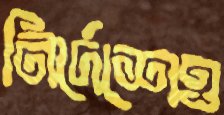
নির্দেশেও